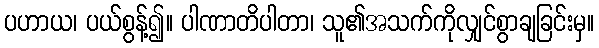
ပဟာယ၊ ပယ်စွန့်၍။ ပါဏာတိပါတာ၊ သူ၏အသက်ကိုလျှင်စွာချခြင်းမှ။